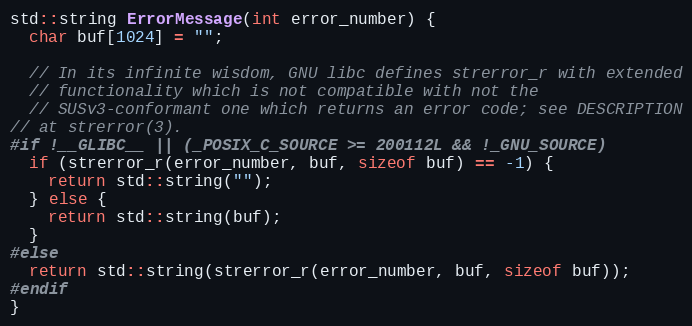
Language: C++
std::string ErrorMessage(int error_number) {
  char buf[1024] = "";

  // In its infinite wisdom, GNU libc defines strerror_r with extended
  // functionality which is not compatible with not the
  // SUSv3-conformant one which returns an error code; see DESCRIPTION
// at strerror(3).
#if !__GLIBC__ || (_POSIX_C_SOURCE >= 200112L && !_GNU_SOURCE)
  if (strerror_r(error_number, buf, sizeof buf) == -1) {
    return std::string("");
  } else {
    return std::string(buf);
  }
#else
  return std::string(strerror_r(error_number, buf, sizeof buf));
#endif
}